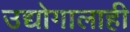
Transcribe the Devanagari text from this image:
उद्योगालाही